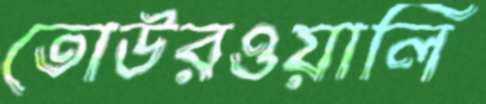
তোউরওয়ালি